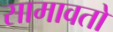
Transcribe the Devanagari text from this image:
सामावतो